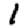
Digit: 1